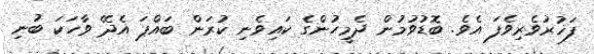
ފަޚުރުވެރިވެފަ އެވެ. ބޮޑުވުމުން ދެމީހުންގެ ކައިވެނި ކުރަން ބައްޕަ އެދޭ ވާހަކަ ބުނި